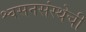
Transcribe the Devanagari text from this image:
श्वसनसंस्थेची